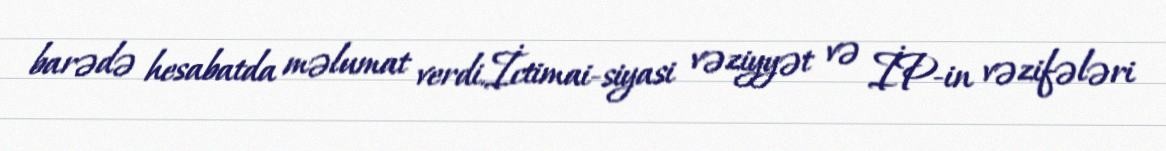
barədə hesabatda məlumat verdi.İctimai-siyasi vəziyyət və İP-in vəzifələri